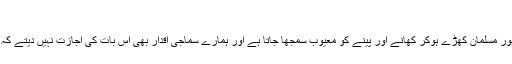
جانیے
جدت ویب ڈیسک ::ہمارے ہاں مشرقی روایات اور بطور مسلمان کھڑے ہوکر کھانے اور پینے کو معیوب سمجھا جاتا ہے اور ہمارے سماجی اقدار بھی اس بات کی اجازت نہیں دیتے کہ کھڑے ہو کر کھانے اور پینے کو عادت بنائی جائے۔